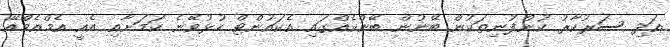
އަދި ސަރުކާރު ކުންފުނިތަކުން ބޭނުން ބޭންކެއްގައި އެކައުންޓް ހުޅުވޭނެ ކަމަށާއި އެއީ އެމްއެމްއޭ